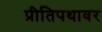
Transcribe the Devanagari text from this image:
प्रीतिपथावर